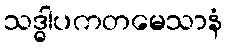
သဒ္ဓါပကတမေသာနံ